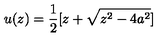
u ( z ) = { \frac { 1 } { 2 } } [ z + \sqrt { z ^ { 2 } - 4 a ^ { 2 } } ]